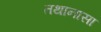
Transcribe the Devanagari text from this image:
तथानासा